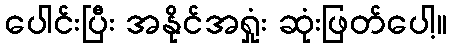
ပေါင်းပြီး အနိုင်အရှုံး ဆုံးဖြတ်ပေါ့။